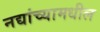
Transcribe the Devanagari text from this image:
नद्यांच्यामधील